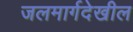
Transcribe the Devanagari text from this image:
जलमार्गदेखील